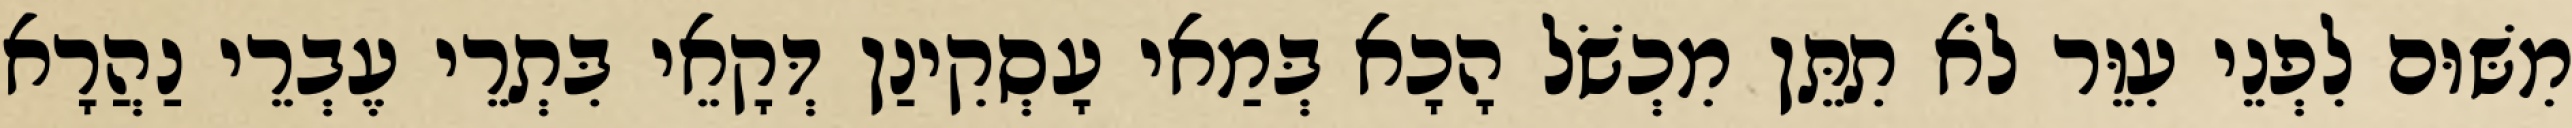
מִשּׁוּם לִפְנֵי עִוֵּר לֹא תִתֵּן מִכְשֹׁל הָכָא בְּמַאי עָסְקִינַן דְּקָאֵי בִּתְרֵי עֶבְרֵי נַהֲרָא